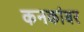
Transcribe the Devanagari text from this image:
कनकांबर